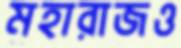
মহারাজও